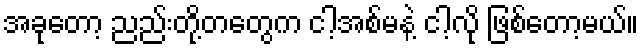
အခုတော့ ညည်းတို့တတွေက ငါ့အစ်မနဲ့ ငါ့လို ဖြစ်တော့မယ်။